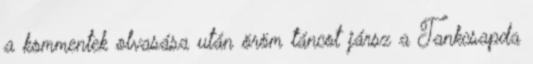
a kommentek olvasása után öröm táncot jársz a Tankcsapda